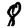
Digit: 8